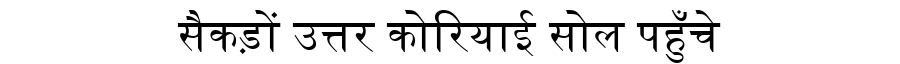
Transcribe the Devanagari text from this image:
सैकड़ों उत्तर कोरियाई सोल पहुँचे